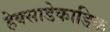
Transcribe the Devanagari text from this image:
हेक्साडेकाडिक